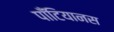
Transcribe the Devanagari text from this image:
पॉँटियानस